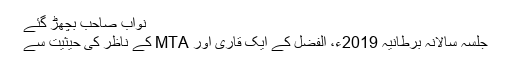
نواب صاحب بچھڑ گئے
جلسہ سالانہ برطانیہ 2019ء، الفضل کے ایک قاری اور MTA کے ناظر کی حیثیت سے